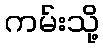
ကမ်းသို့